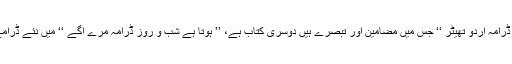
’’ اردو ڈرامہ اردو تھیٹر ‘‘ جس میں مضامین اور تبصرے ہیں دوسری کتاب ہے، ’’ ہوتا ہے شب و روز ڈرامہ مرے آگے ‘‘ میں نئے ڈرامے ہیں ۔